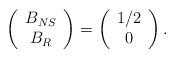
LaTeX: \begin{align*} \left(\begin{array}{c} B_{NS} \\ B_R \end{array}\right) = \left(\begin{array}{c} 1/2 \\ 0 \end{array}\right).\end{align*}